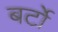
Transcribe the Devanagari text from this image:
बर्टो